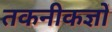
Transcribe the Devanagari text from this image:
तकनीकज्ञों